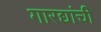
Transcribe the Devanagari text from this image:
गारद्यांची